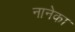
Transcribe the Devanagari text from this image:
नानेका